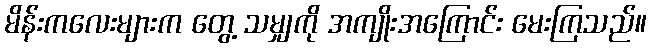
မိန်းကလေးများက တွေ့ သမျှကို အကျိုးအကြောင်း မေးကြသည်။